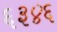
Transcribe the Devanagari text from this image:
६३४६